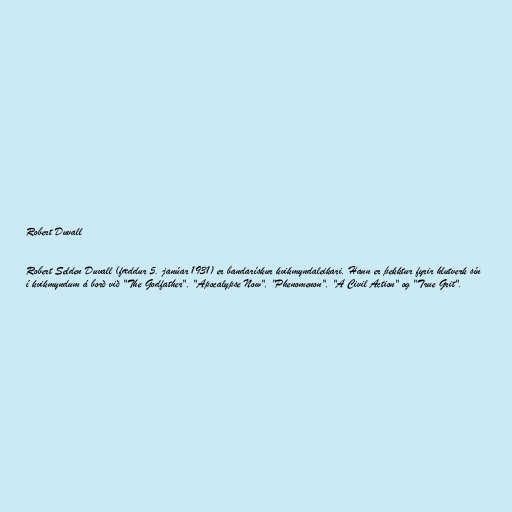
Robert Duvall

Robert Selden Duvall (fæddur 5. janúar 1931) er bandarískur kvikmyndaleikari. Hann er þekktur fyrir hlutverk sín
í kvikmyndum á borð við "The Godfather", "Apocalypse Now", "Phenomenon", "A Civil Action" og "True Grit".